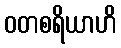
ဝတစရိယာဟိ